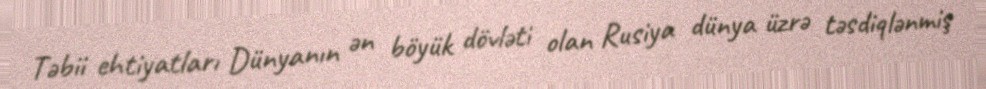
Təbii ehtiyatları Dünyanın ən böyük dövləti olan Rusiya dünya üzrə təsdiqlənmiş